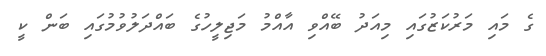
ގެ މައި މަރުކަޒުގައި މިއަދު ބޭއްވި އާއްމު މަޖިލީހުގެ ބައްދަލުވުމުގައި ބަން ކީ